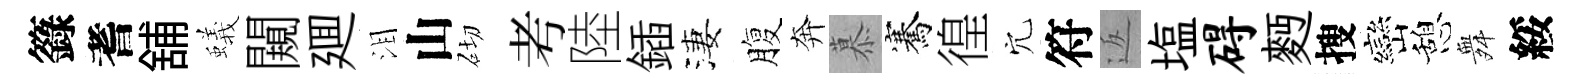
籙耆舖蟻闚廽泪山砌考陸鍤淒腹奔慕騫徨穴符返塩碍麪搜巒憩舞綏